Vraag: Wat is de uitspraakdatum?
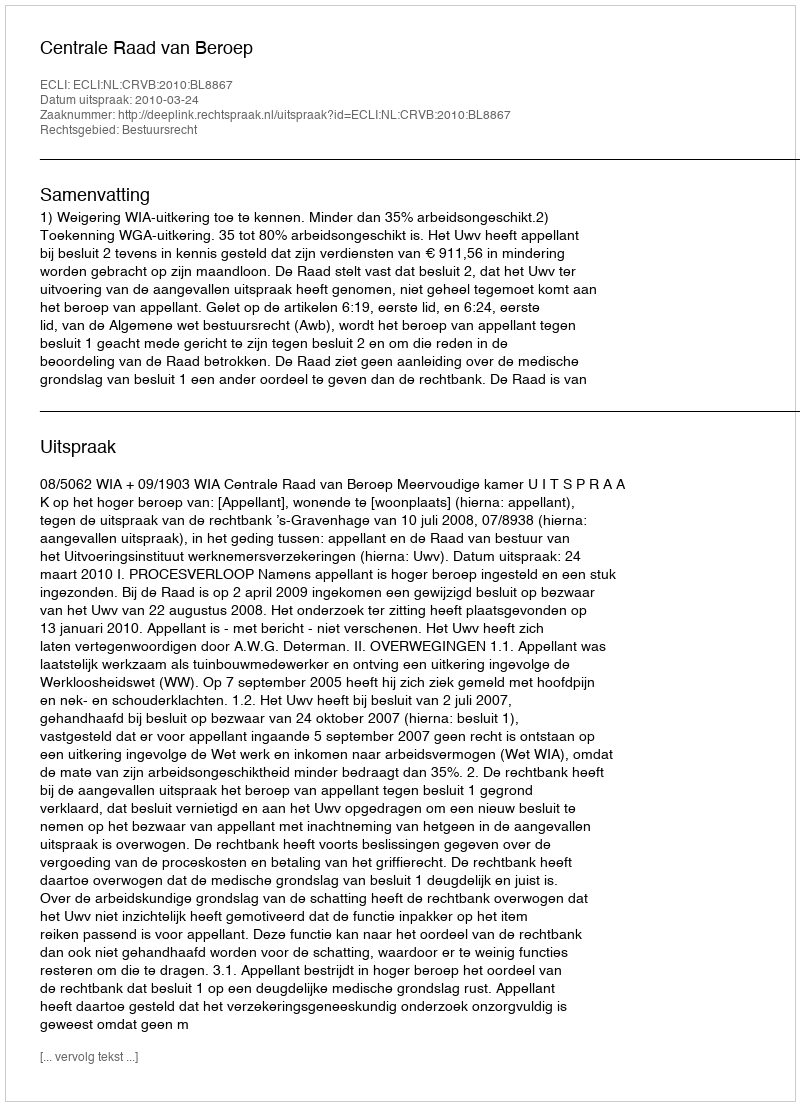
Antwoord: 2010-03-24